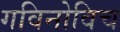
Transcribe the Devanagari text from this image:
गविनोविच